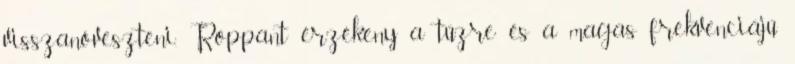
visszanöveszteni. Roppant érzékeny a tűzre és a magas frekvenciájú